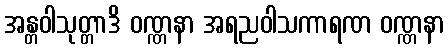
အန္တဝါသုတ္တာဒိ ဝဏ္ဏနာ အရညဝါသကာရဏ ဝဏ္ဏနာ